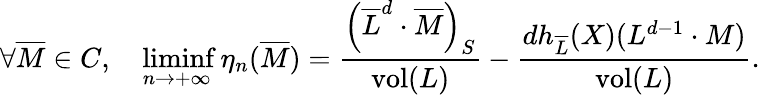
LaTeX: \begin{array}{r}{\forall\overline{{M}}\in C,\quad\displaystyle\operatorname*{liminf}_{n\to+\infty}\eta_{n}(\overline{{M}})=\frac{\left(\overline{{L}}^{d}\cdot\overline{{M}}\right)_{S}}{\operatorname{vol}(L)}-\frac{dh_{\overline{{L}}}(X)(L^{d-1}\cdot M)}{\operatorname{vol}(L)}.}\end{array}